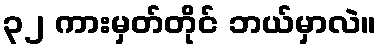
၃၂ ကားမှတ်တိုင် ဘယ်မှာလဲ။